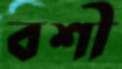
বশী